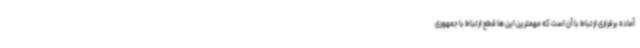
آماده برقراری ارتباط با آن است که مهمترین این ها قطع ارتباط با جمهوری